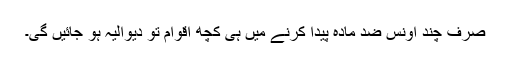
صرف چند اونس ضد مادّہ پیدا کرنے میں ہی کچھ اقوام تو دیوالیہ ہو جائیں گی۔